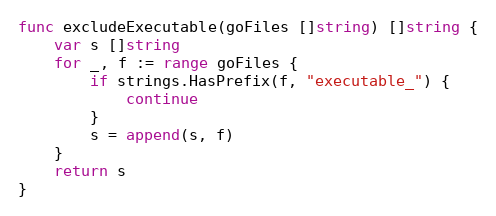
Language: Go
func excludeExecutable(goFiles []string) []string {
	var s []string
	for _, f := range goFiles {
		if strings.HasPrefix(f, "executable_") {
			continue
		}
		s = append(s, f)
	}
	return s
}